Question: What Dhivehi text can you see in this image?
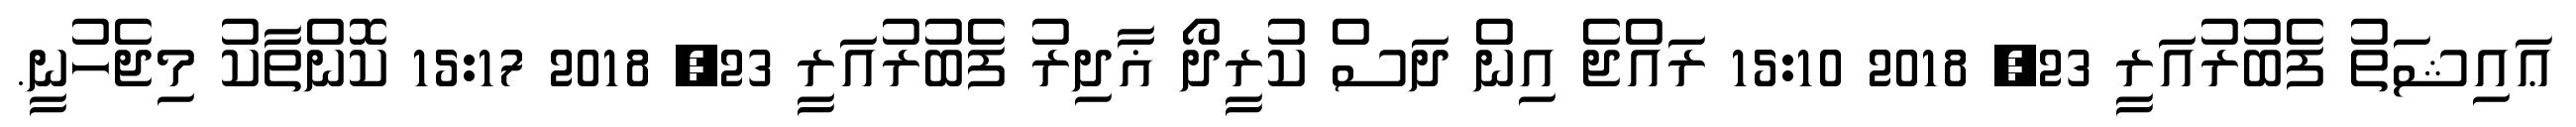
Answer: ޢައިޝަތު ފެބުރުއަރީ 23, 2018 15:10 ރައްޖެ އިން ދަސް ކުރީދޯ ޣާދިރު ފެބުރުއަރީ 23, 2018 15:17 ކޮންތާކު މިޖެހުނީ.